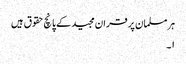
ہر مسلمان پر قران مجید کے پانچ حقوق ہیں
۱۔